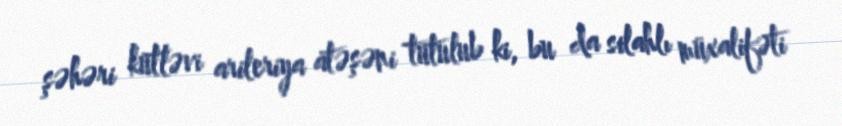
şəhəri kütləvi arileriya atəşəni tutulub ki, bu da silahlı müxalifəti